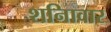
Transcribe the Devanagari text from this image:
शनिावार